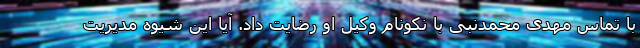
با تماس مهدی محمدنبی با نکونام وکیل او رضایت داد. آیا این شیوه مدیریت